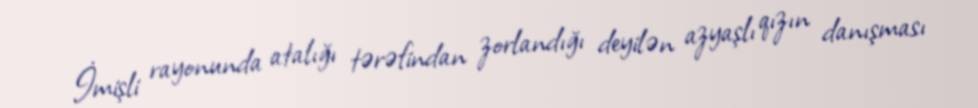
İmişli rayonunda atalığı tərəfindan zorlandığı deyilən azyaşlı qızın danışması